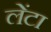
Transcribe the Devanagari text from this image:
लेंटा